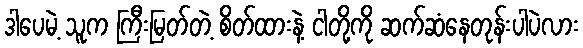
ဒါပေမဲ့ သူက ကြီးမြတ်တဲ့ စိတ်ထားနဲ့ ငါတို့ကို ဆက်ဆံနေတုန်းပါပဲလား